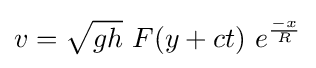
v={\sqrt {gh}}\ F(y+ct)\ e^{\frac {-x}{R}}